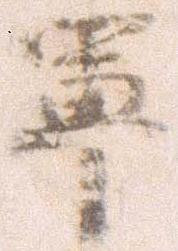
軍